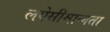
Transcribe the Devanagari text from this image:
लऐसीमान्यता